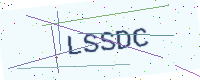
Text: LSSDC